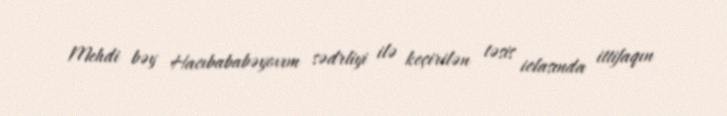
Mehdi bəy Hacıbababəyovım sədrliyi ilə keçirilən təsis iclasında ittifaqın